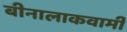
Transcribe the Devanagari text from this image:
बीनालाकवामी